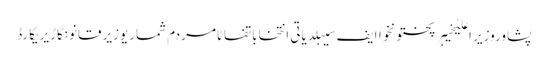
پشاوروزیر اعلیٰخیبرپختونخواایف سیبلدیاتی انتخاباتفاٹامردم شماریوزیر قانونگاڑیریکارڈ